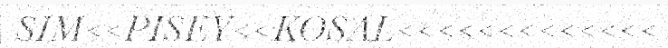
SIM<<PISEY<<KOSAL<<<<<<<<<<<<<